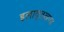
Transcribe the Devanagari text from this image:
इलावृतखण्ड